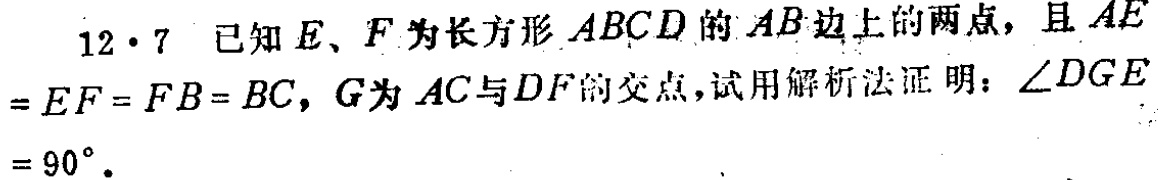
12.7 已知\(E\)、\(F\)为长方形\(ABCD\)的\(AB\)边上的两点，且\(AE = EF = FB = BC\)，\(G\)为\(AC\)与\(DF\)的交点，试用解析法证明：\(\angle DGE = 90^{\circ}\)。